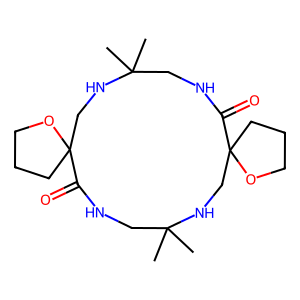
SMILES: CC1(C)CNC(=O)C2(CCCO2)CNC(C)(C)CNC(=O)C2(CCCO2)CN1
Inhibits HIV replication: No